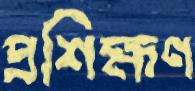
প্রশিক্ষণ